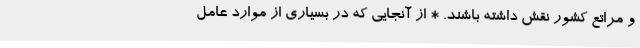
و مراتع کشور نقش داشته باشند. * از آنجایی که در بسیاری از موارد عامل